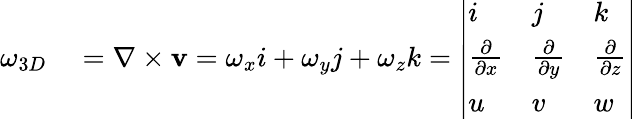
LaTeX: \begin{array}{rl}{\omega_{3D}}&{{}=\nabla\times\textbf{v}=\omega_{x}i+\omega_{y}j+\omega_{z}k=\left|\begin{array}{lll}{i}&{j}&{k}\\ {\frac{\partial}{\partial x}}&{\frac{\partial}{\partial y}}&{\frac{\partial}{\partial z}}\\ {u}&{v}&{w}\end{array}\right|}\end{array}